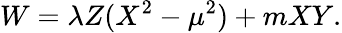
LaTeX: W=\lambda Z(X^{2}-\mu^{2})+mXY.